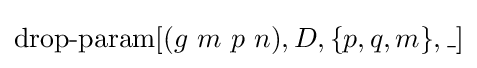
\operatorname {drop-param} [(g\ m\ p\ n),D,\{p,q,m\},\_]